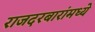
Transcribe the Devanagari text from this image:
राजदरबारांमध्ये